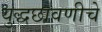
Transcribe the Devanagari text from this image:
युद्धछावणीचे